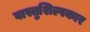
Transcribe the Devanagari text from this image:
वास्तुशिल्पकार